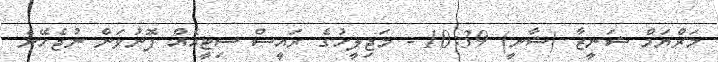
މަރްޔަމް ޝަނީޒާ (ޝާނީ) 10:39 - މަޖިލީހުގެ ރައީސް ސިޓީއެއް ފޮނުވަން ނުޖެހޭނެ